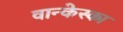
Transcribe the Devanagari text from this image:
वान्केस्का